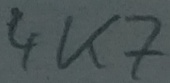
Text: 4K7